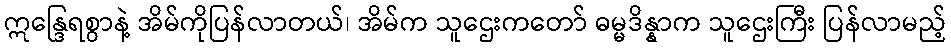
ဣန္ဒြေရစွာနဲ့ အိမ်ကိုပြန်လာတယ်၊ အိမ်က သူဌေးကတော် ဓမ္မဒိန္နာက သူဌေးကြီး ပြန်လာမည့်